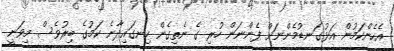
އެހެންކަމުން އަޅުގަނޑުމެންނަށް ފެންނަން ހުރި ގެ ނެތިގެން ހިނގައިދާނެ ކަމުގެ ބިރުވެސް މިވަނީ